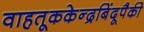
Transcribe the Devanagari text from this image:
वाहतूककेन्द्रबिंदूपैकी